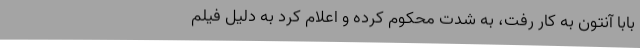
بابا آنتون به کار رفت، به شدت محکوم کرده و اعلام کرد به دلیل فیلم